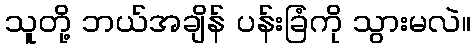
သူတို့ ဘယ်အချိန် ပန်းခြံကို သွားမလဲ။